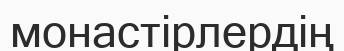
монастірлердің